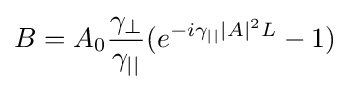
B=A_{0}{\frac {\gamma _{\perp }}{\gamma _{||}}}(e^{-i\gamma _{||}|A|^{2}L}-1)